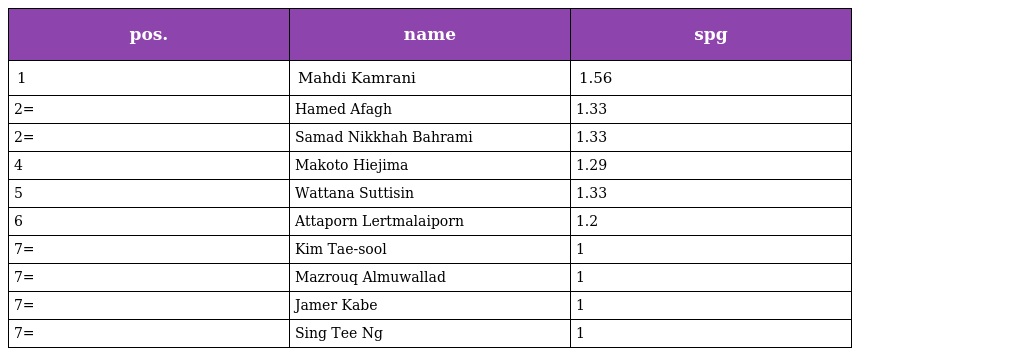
| pos. | name | spg |
 | --- | --- | --- |
 | 1 | Mahdi Kamrani | 1.56 |
 | 2= | Hamed Afagh | 1.33 |
 | 2= | Samad Nikkhah Bahrami | 1.33 |
 | 4 | Makoto Hiejima | 1.29 |
 | 5 | Wattana Suttisin | 1.33 |
 | 6 | Attaporn Lertmalaiporn | 1.2 |
 | 7= | Kim Tae-sool | 1 |
 | 7= | Mazrouq Almuwallad | 1 |
 | 7= | Jamer Kabe | 1 |
 | 7= | Sing Tee Ng | 1 |